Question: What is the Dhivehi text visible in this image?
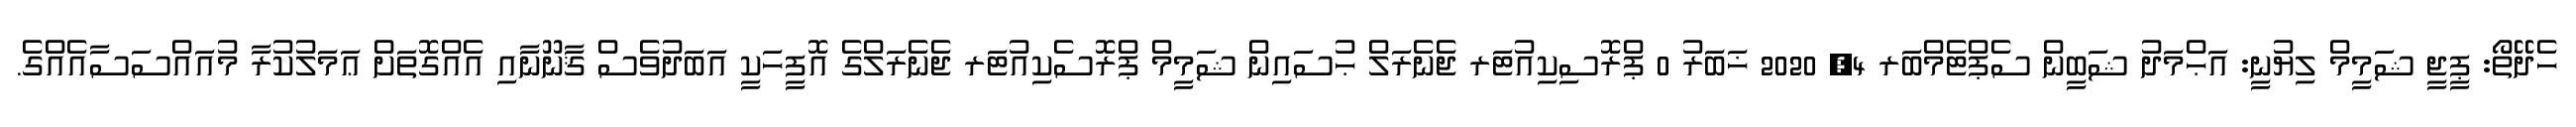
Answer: ހެދޭތޯ: ޕީޖީ ޝަމީމް ލިޔުނީ: އަޙްމަދު ޝަބީން ސެޕްޓެމްބަރ 4, 2020 ޚަބަރު 0 ޕްރޮސިކިއުޓަރ ޖެނެރަލް ޙުސައިން ޝަމީމް ޕްރޮސެކިއުޓަރ ޖެނެރަލްގެ އޮފީހަކީ އަބަދުވެސް ޤާނޫނާއި އެއްގޮތަށް ޢަމަލުކުރާ މުއައްސަސާއެއްގެ.